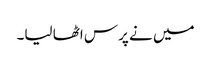
میں نے پرس اٹھا لیا۔